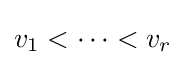
v_{1}<\cdots <v_{r}